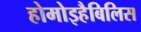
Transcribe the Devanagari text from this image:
होमोइहैबिलिस